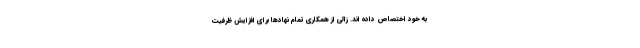
به خود اختصاص داده اند. زالی از همکاری تمام نهادها برای افزایش ظرفیت